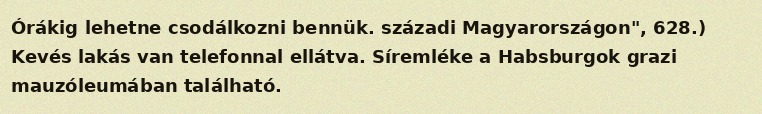
Órákig lehetne csodálkozni bennük. századi Magyarországon", 628.) Kevés lakás van telefonnal ellátva. Síremléke a Habsburgok grazi mauzóleumában található.